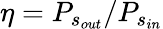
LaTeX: \eta=P_{s_{out}}/P_{s_{in}}